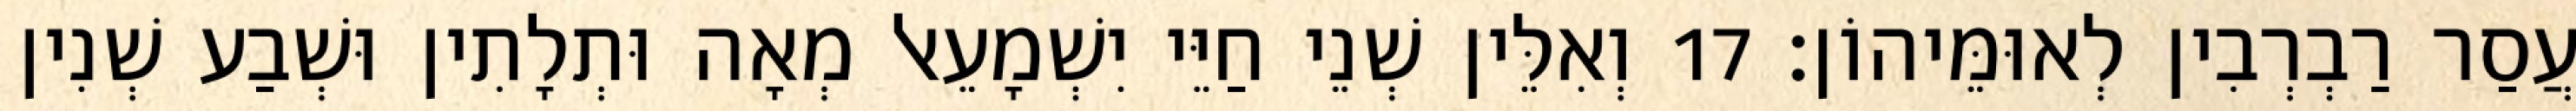
עֲסַר רַבְרְבִין לְאוּמֵּיהוֹן׃ 17 וְאִלֵּין שְׁנֵי חַיֵּי יִשְׁמָעֵאל מְאָה וּתְלָתִין וּשְׁבַע שְׁנִין